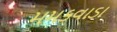
મમકવાડા